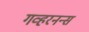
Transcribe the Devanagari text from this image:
गव्हरनन्स